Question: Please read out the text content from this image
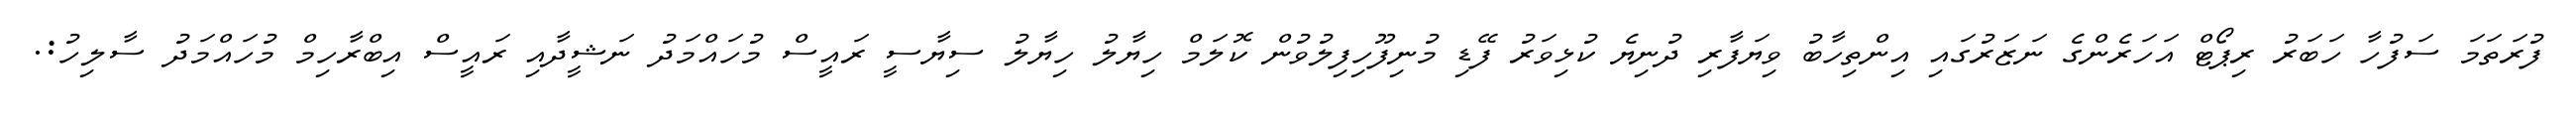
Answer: ފުރަތަމަ ސަފުހާ ހަބަރު ރިޕޯޓް އަހަރެންގެ ނަޒަރުގައި އިންތިހާބު ވިޔަފާރި ދުނިޔެ ކުޅިވަރު ފޭޑި މުނިފޫހިފިލުވުން ކޮލަމް ހިޔާލު ހިޔާލު ސިޔާސީ ރައީސް މުހައްމަދު ނަޝީދާއި ރައީސް އިބްރާހިމް މުހައްމަދު ސާލިހު:.